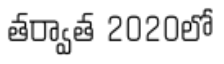
తర్వాత 2020లో